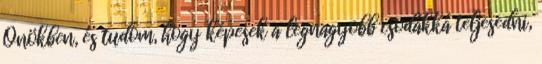
Önökben, és tudom, hogy képesek a legnagyobb csodákká teljesedni,